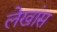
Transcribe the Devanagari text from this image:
लेखांस